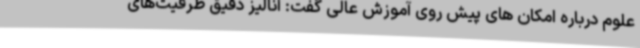
علوم درباره امکان های پیش روی آموزش عالی گفت: آنالیز دقیق ظرفیت‌های